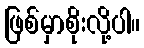
ဖြစ်မှာစိုးလို့ပါ။